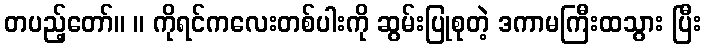
တပည့်တော်။ ။ ကိုရင်ကလေးတစ်ပါးကို ဆွမ်းပြုစုတဲ့ ဒကာမကြီးထသွား ပြီး